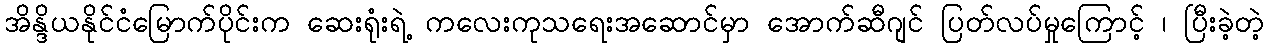
အိန္ဒိယနိုင်ငံမြောက်ပိုင်းက ဆေးရုံးရဲ့ ကလေးကုသရေးအဆောင်မှာ အောက်ဆီဂျင် ပြတ်လပ်မှုကြောင့် ၊ ပြီးခဲ့တဲ့